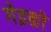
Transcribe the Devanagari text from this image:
गेइको